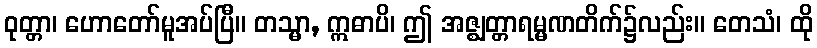
ဝုတ္တာ၊ ဟောတော်မူအပ်ပြီ။ တသ္မာ, ဣဓာပိ၊ ဤ အဇ္ဈတ္တာရမ္မဏတိက်၌လည်း။ တေသံ၊ ထို